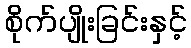
စိုက်ပျိုးခြင်းနှင့်